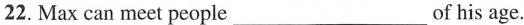
22.Max can meet people____of his age.